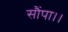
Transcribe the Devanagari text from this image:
सौंपा।।